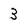
Character: 3